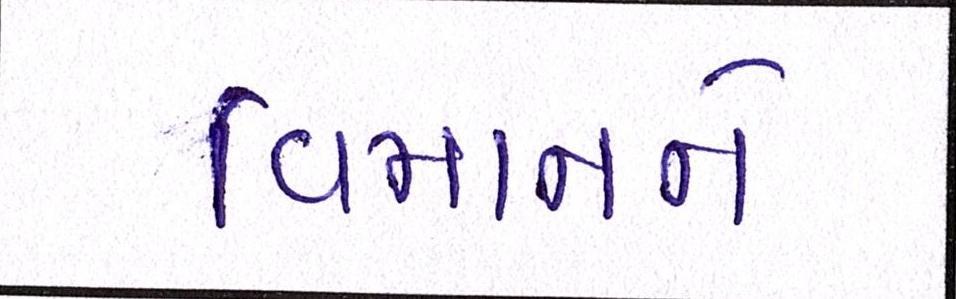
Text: વિમાનને